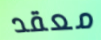
معقد